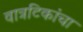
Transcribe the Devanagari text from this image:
वात्रटिकांचा